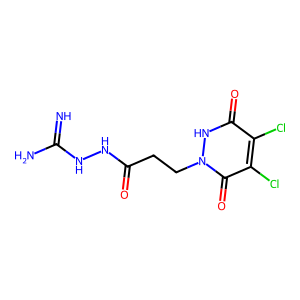
SMILES: N=C(N)NNC(=O)CCn1[nH]c(=O)c(Cl)c(Cl)c1=O
Inhibits HIV replication: No